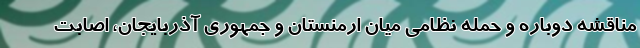
مناقشه دوباره و حمله نظامی میان ارمنستان و جمهوری آذربایجان، اصابت